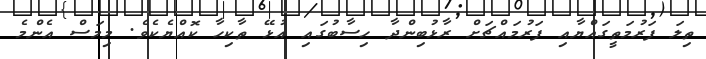
ތިލަ ފަރުމަތީގައްޔާއި ފަރުމައްޗަށް ރާޅުބިންދާ ހިސާބުގައި އުޅޭ ތާކިހާ ކޮއްޔެކެވެ. މިމަސް އެންމެ